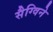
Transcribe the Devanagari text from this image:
सैग्विने